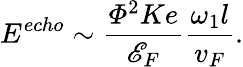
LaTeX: E^{echo}\sim\frac{\varPhi^{2}Ke}{\mathscr{E}_{F}}\frac{\omega_{1}l}{v_{F}}.